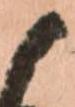
候